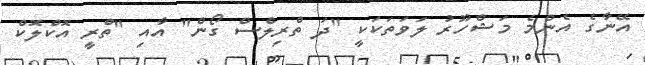
އޭނާގެ އެންމެ މަޝްހޫރު ލަވަތަކަކީ "ދަ ތްރިލްސް ގޯން" އާއި "ތްރީ އޮކްލޮކް